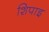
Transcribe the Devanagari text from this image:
शिपाइ